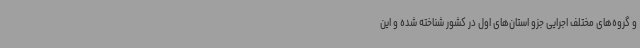
و گروه‌های مختلف اجرایی جزو استان‌های اول در کشور شناخته شده و این